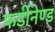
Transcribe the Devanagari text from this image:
फर्डीनेण्ड